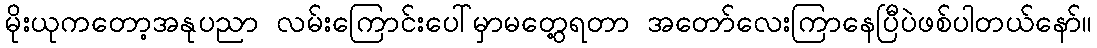
မိုးယုကတော့အနုပညာ လမ်းကြောင်းပေါ်မှာမတွေ့ရတာ အတော်လေးကြာနေပြီပဲဖစ်ပါတယ်နော်။